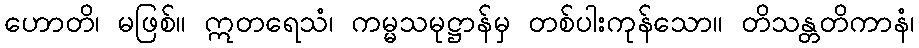
ဟောတိ၊ မဖြစ်။ ဣတရေသံ၊ ကမ္မသမုဋ္ဌာန်မှ တစ်ပါးကုန်သော။ တိသန္တတိကာနံ၊